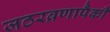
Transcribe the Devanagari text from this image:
जठरव्रणापैकी